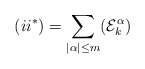
\begin{align*} (ii^*) = \sum_{|\alpha|\leq m}(\mathcal{E}_k^{\alpha})\end{align*}